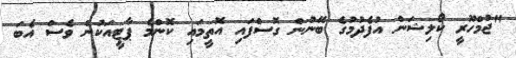
"ޖުމްހޫރީ ކޯލިޝަން އުފެދުމުގެ ބޭނުން ގޮސްފައި އޮތީމައި ކޮންމެ ޕާޓީއަކުން ވެސް އެބަ